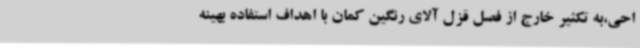
احی،به تکثیر خارج از فصل قزل آلای رنگین کمان با اهداف استفاده بهینه